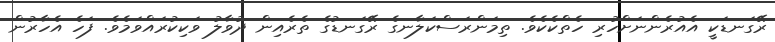
ރޭގަނޑަކީ އެއުރެންނަށްހުރި ހެތްކެކެވެ. ތިމަންރަސްކަލާނގެ ރޭގަނޑުގެ ތެރެއިން ދުވާލު ވަކިކުރައްވަމެވެ. ފަހެ އެހާރުން